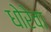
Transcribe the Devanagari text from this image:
धोरेवा